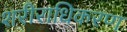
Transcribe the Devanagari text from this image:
शरीराधिकरण